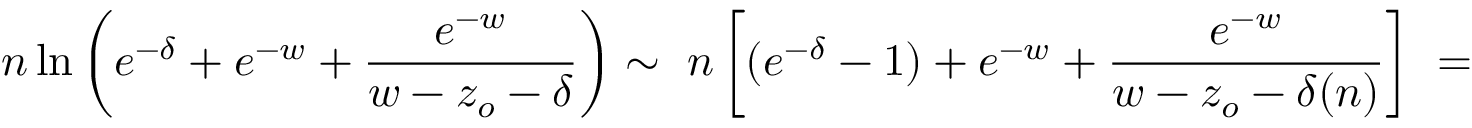
n \ln \left( e ^ { - \delta } + e ^ { - w } + \frac { e ^ { - w } } { w - z _ { o } - \delta } \right) \sim \ n \left[ ( e ^ { - \delta } - 1 ) + e ^ { - w } + \frac { e ^ { - w } } { w - z _ { o } - \delta ( n ) } \right] \ =